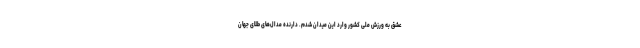
عشق به ورزش ملی کشور وارد این میدان شدم. دارنده مدال‌های طلای جهان